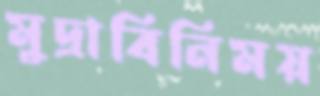
মুদ্রাবিনিময়